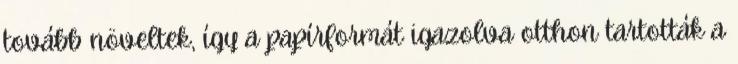
tovább növeltek, így a papírformát igazolva otthon tartották a